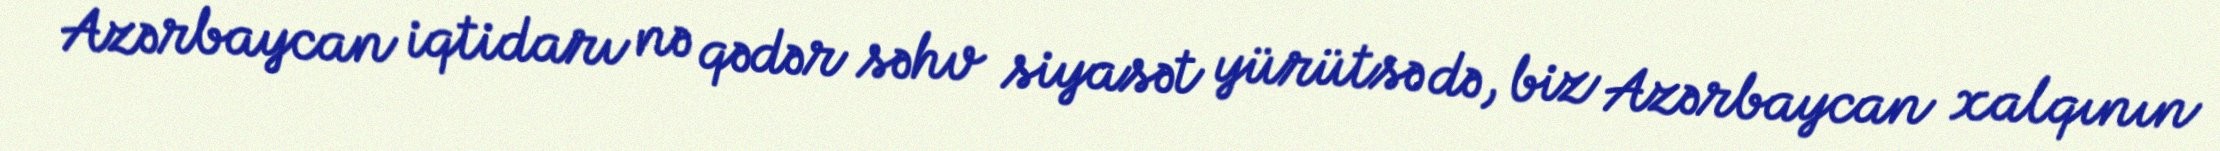
Azərbaycan iqtidarı nə qədər səhv siyasət yürütsə də, biz Azərbaycan xalqının